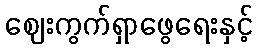
ဈေးကွက်ရှာဖွေရေးနှင့်